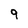
Character: 9